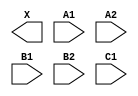
module sky130_fd_sc_ls__o221a (
    X ,
    A1,
    A2,
    B1,
    B2,
    C1
);

    output X ;
    input  A1;
    input  A2;
    input  B1;
    input  B2;
    input  C1;

    // Voltage supply signals
    supply1 VPWR;
    supply0 VGND;
    supply1 VPB ;
    supply0 VNB ;

endmodule